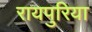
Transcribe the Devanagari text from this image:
रायपुरिया